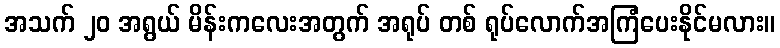
အသက် ၂၀ အရွယ် မိန်းကလေးအတွက် အရုပ် တစ် ရုပ်လောက်အကြံပေးနိုင်မလား။